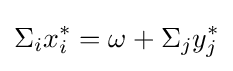
\Sigma _{i}x_{i}^{*}=\omega +\Sigma _{j}y_{j}^{*}